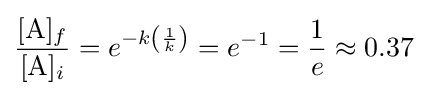
{\frac {[{\rm {A}}]_{f}}{[{\rm {A}}]_{i}}}=e^{-k\left({\frac {1}{k}}\right)}=e^{-1}={\frac {1}{e}}\approx 0.37